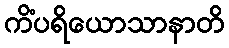
ကိံပရိယောသာနာတိ